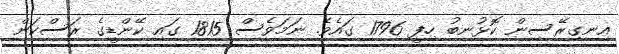
އިނގިރޭސިން ކޮޅުނބު ހިފީ 1796 ގައެވެ. ނަމަވެސް 1815 ގައި ކޭންޑީގެ ރަސްކަން